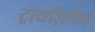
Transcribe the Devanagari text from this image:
ट्रायज़ियैक